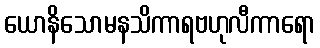
ယောနိသောမနသိကာရဗဟုလီကာရော